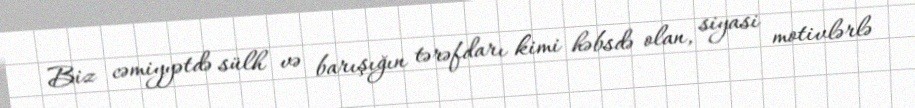
Biz cəmiyyətdə sülh və barışığın tərəfdarı kimi həbsdə olan, siyasi motivlərlə